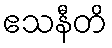
ဧသနီတိ